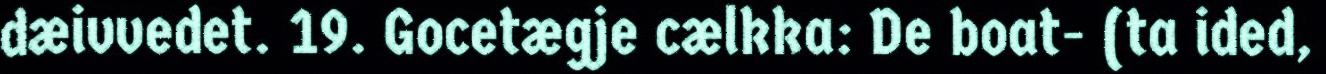
dæivvedet. 19. Gocetægje cælkka: De boat- (ta ided,